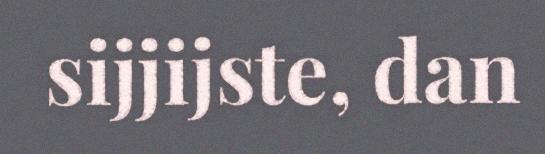
sijjijste, dan